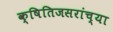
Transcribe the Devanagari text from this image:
क्षितिजसरांच्या